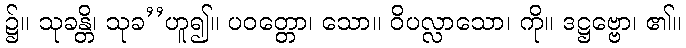
၌။ သုခန္တိ၊ သုခ’’ဟူ၍။ ပဝတ္တော၊ သော။ ဝိပလ္လာသော၊ ကို။ ဒဋ္ဌဗ္ဗော၊ ၏။